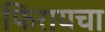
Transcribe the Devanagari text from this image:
फिरायचा